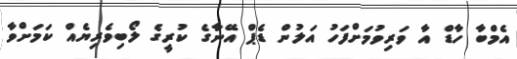
އެމްބާ ހާޑް އާ ވަރިވުމަށްފަހު އަލުން ޑެޕް އޭނާގެ ކުރީގެ ލޯބިވެރިޔެއް ކަމަށްވާ